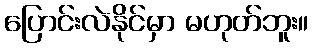
ပြောင်းလဲနိုင်မှာ မဟုတ်ဘူး။